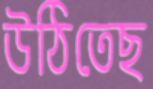
উঠিতেছ